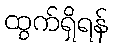
ထွက်ရှိရန်